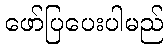
ဖော်ပြပေးပါမည်